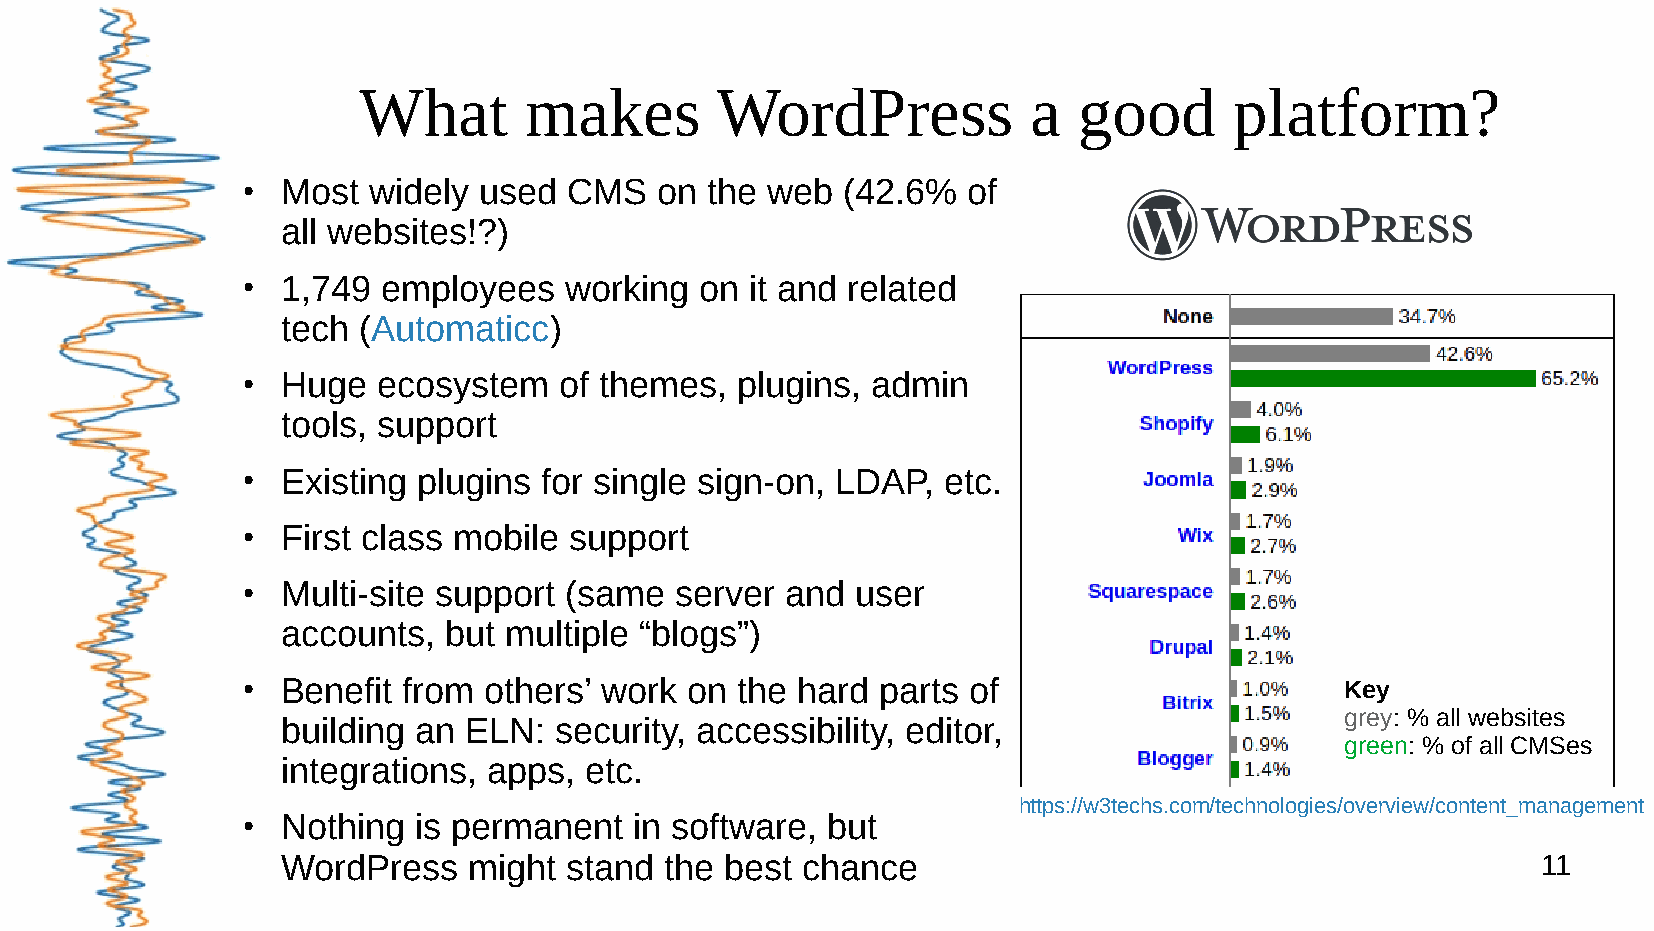
What       makes       WordPress            a  good       platform?
 Most widely  used  CMS  on  the web  (42.6%  of
 ●
 all websites!?)
 1,749 employees   working  on  it and related
 ●
 tech (Automaticc)
 Huge  ecosystem   of themes,  plugins, admin
 ●
 tools, support
 Existing plugins for single sign-on, LDAP, etc.
 ●
 First class mobile support
 ●
 Multi-site support (same  server and  user
 ●
 accounts, but multiple “blogs”)
 Benefit from others’ work  on the hard parts of
 Key
 ●
 building an ELN:  security, accessibility, editor,                    grey: % all websites
 green: % of all CMSes
 integrations, apps, etc.
 https://w3techs.com/technologies/overview/content_management
 Nothing is permanent   in software, but
 ●
 WordPress   might stand  the best chance                                           11